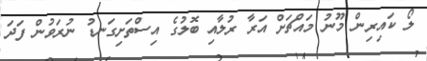
ލޯ ކައިރިން މޫނު މައްޗަށް އަރާ ރުލާއި ބޮލުގެ އިސްތަށިގަނޑު ނުރަވުން ފަދަ